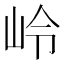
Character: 岭